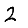
Digit: 2